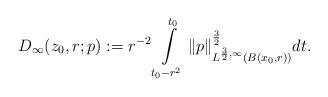
LaTeX: \begin{align*}D_{\infty}(z_0,r;p):=r^{-2}\int\limits_{t_0-r^2}^{t_0}\|p\|_{L^{\frac{3}{2},\infty}(B(x_{0},r))}^{\frac{3}{2}}dt.\end{align*}